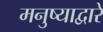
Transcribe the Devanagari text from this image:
मनुष्याद्वारे